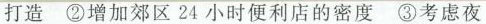
打造②增加郊区24小时便利店的密度③考虑夜